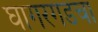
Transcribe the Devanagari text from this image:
घागरगडचा